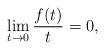
LaTeX: \begin{align*}\lim_{t\to 0}\frac{f(t)}{t}=0,\end{align*}